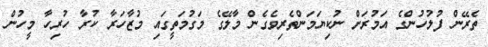
ތެރޭން ފުލުހުންގެ އަމުރަށް ނުކިޔަމަންތެރިވެގެން މާލޭގެ މަގުމަތީގައި މުޒާހަރާ ކުރާ ހުރިހާ މީހުން